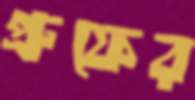
প্রুফের